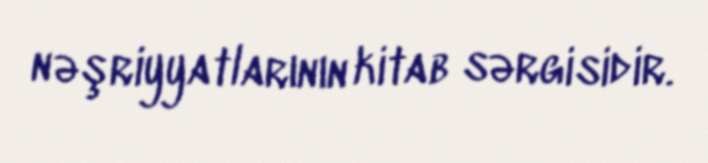
nəşriyyatlarının kitab sərgisidir.